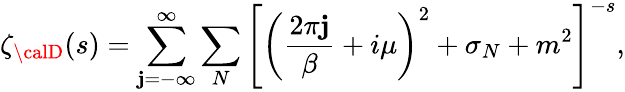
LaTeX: \zeta_{\calD}(s)=\sum_{\mathbf{j}=-\infty}^{\infty}\sum_{N}\left[\left({\frac{{2\pi\mathbf{j}}}{{\beta}}}+i\mu\right)^{2}+\sigma_{N}+m^{2}\right]^{-s},